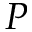
P